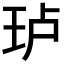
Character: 𰡵